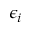
\epsilon _ { i }